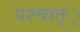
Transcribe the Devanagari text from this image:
पश्चात््